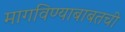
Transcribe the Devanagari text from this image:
मागविण्याबाबतची